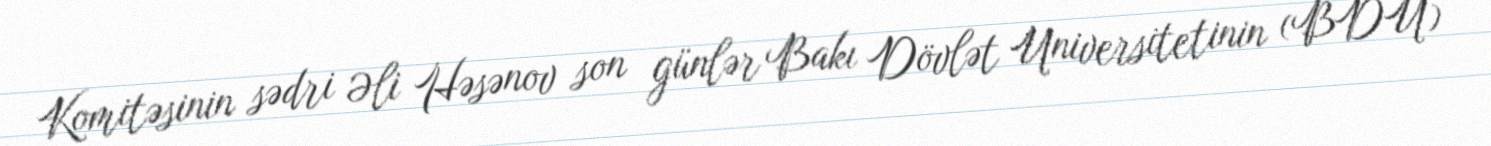
Komitəsinin sədri Əli Həsənov son günlər Bakı Dövlət Universitetinin (BDU)